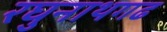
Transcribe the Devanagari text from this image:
रघुनाथगढ